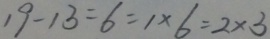
1 9 - 1 3 = 6 = 1 \times 6 = 2 \times 3